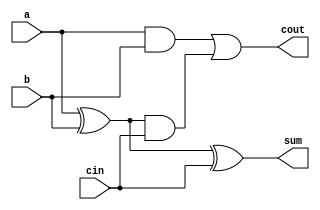
module full_adder(
    input a,
    input b,
    input cin,
    output sum,
    output cout
);

wire x1, x2, x3;

assign x1 = a ^ b;
assign sum = x1 ^ cin;
assign x2 = a & b;
assign x3 = x1 & cin;
assign cout = x2 | x3;

endmodule